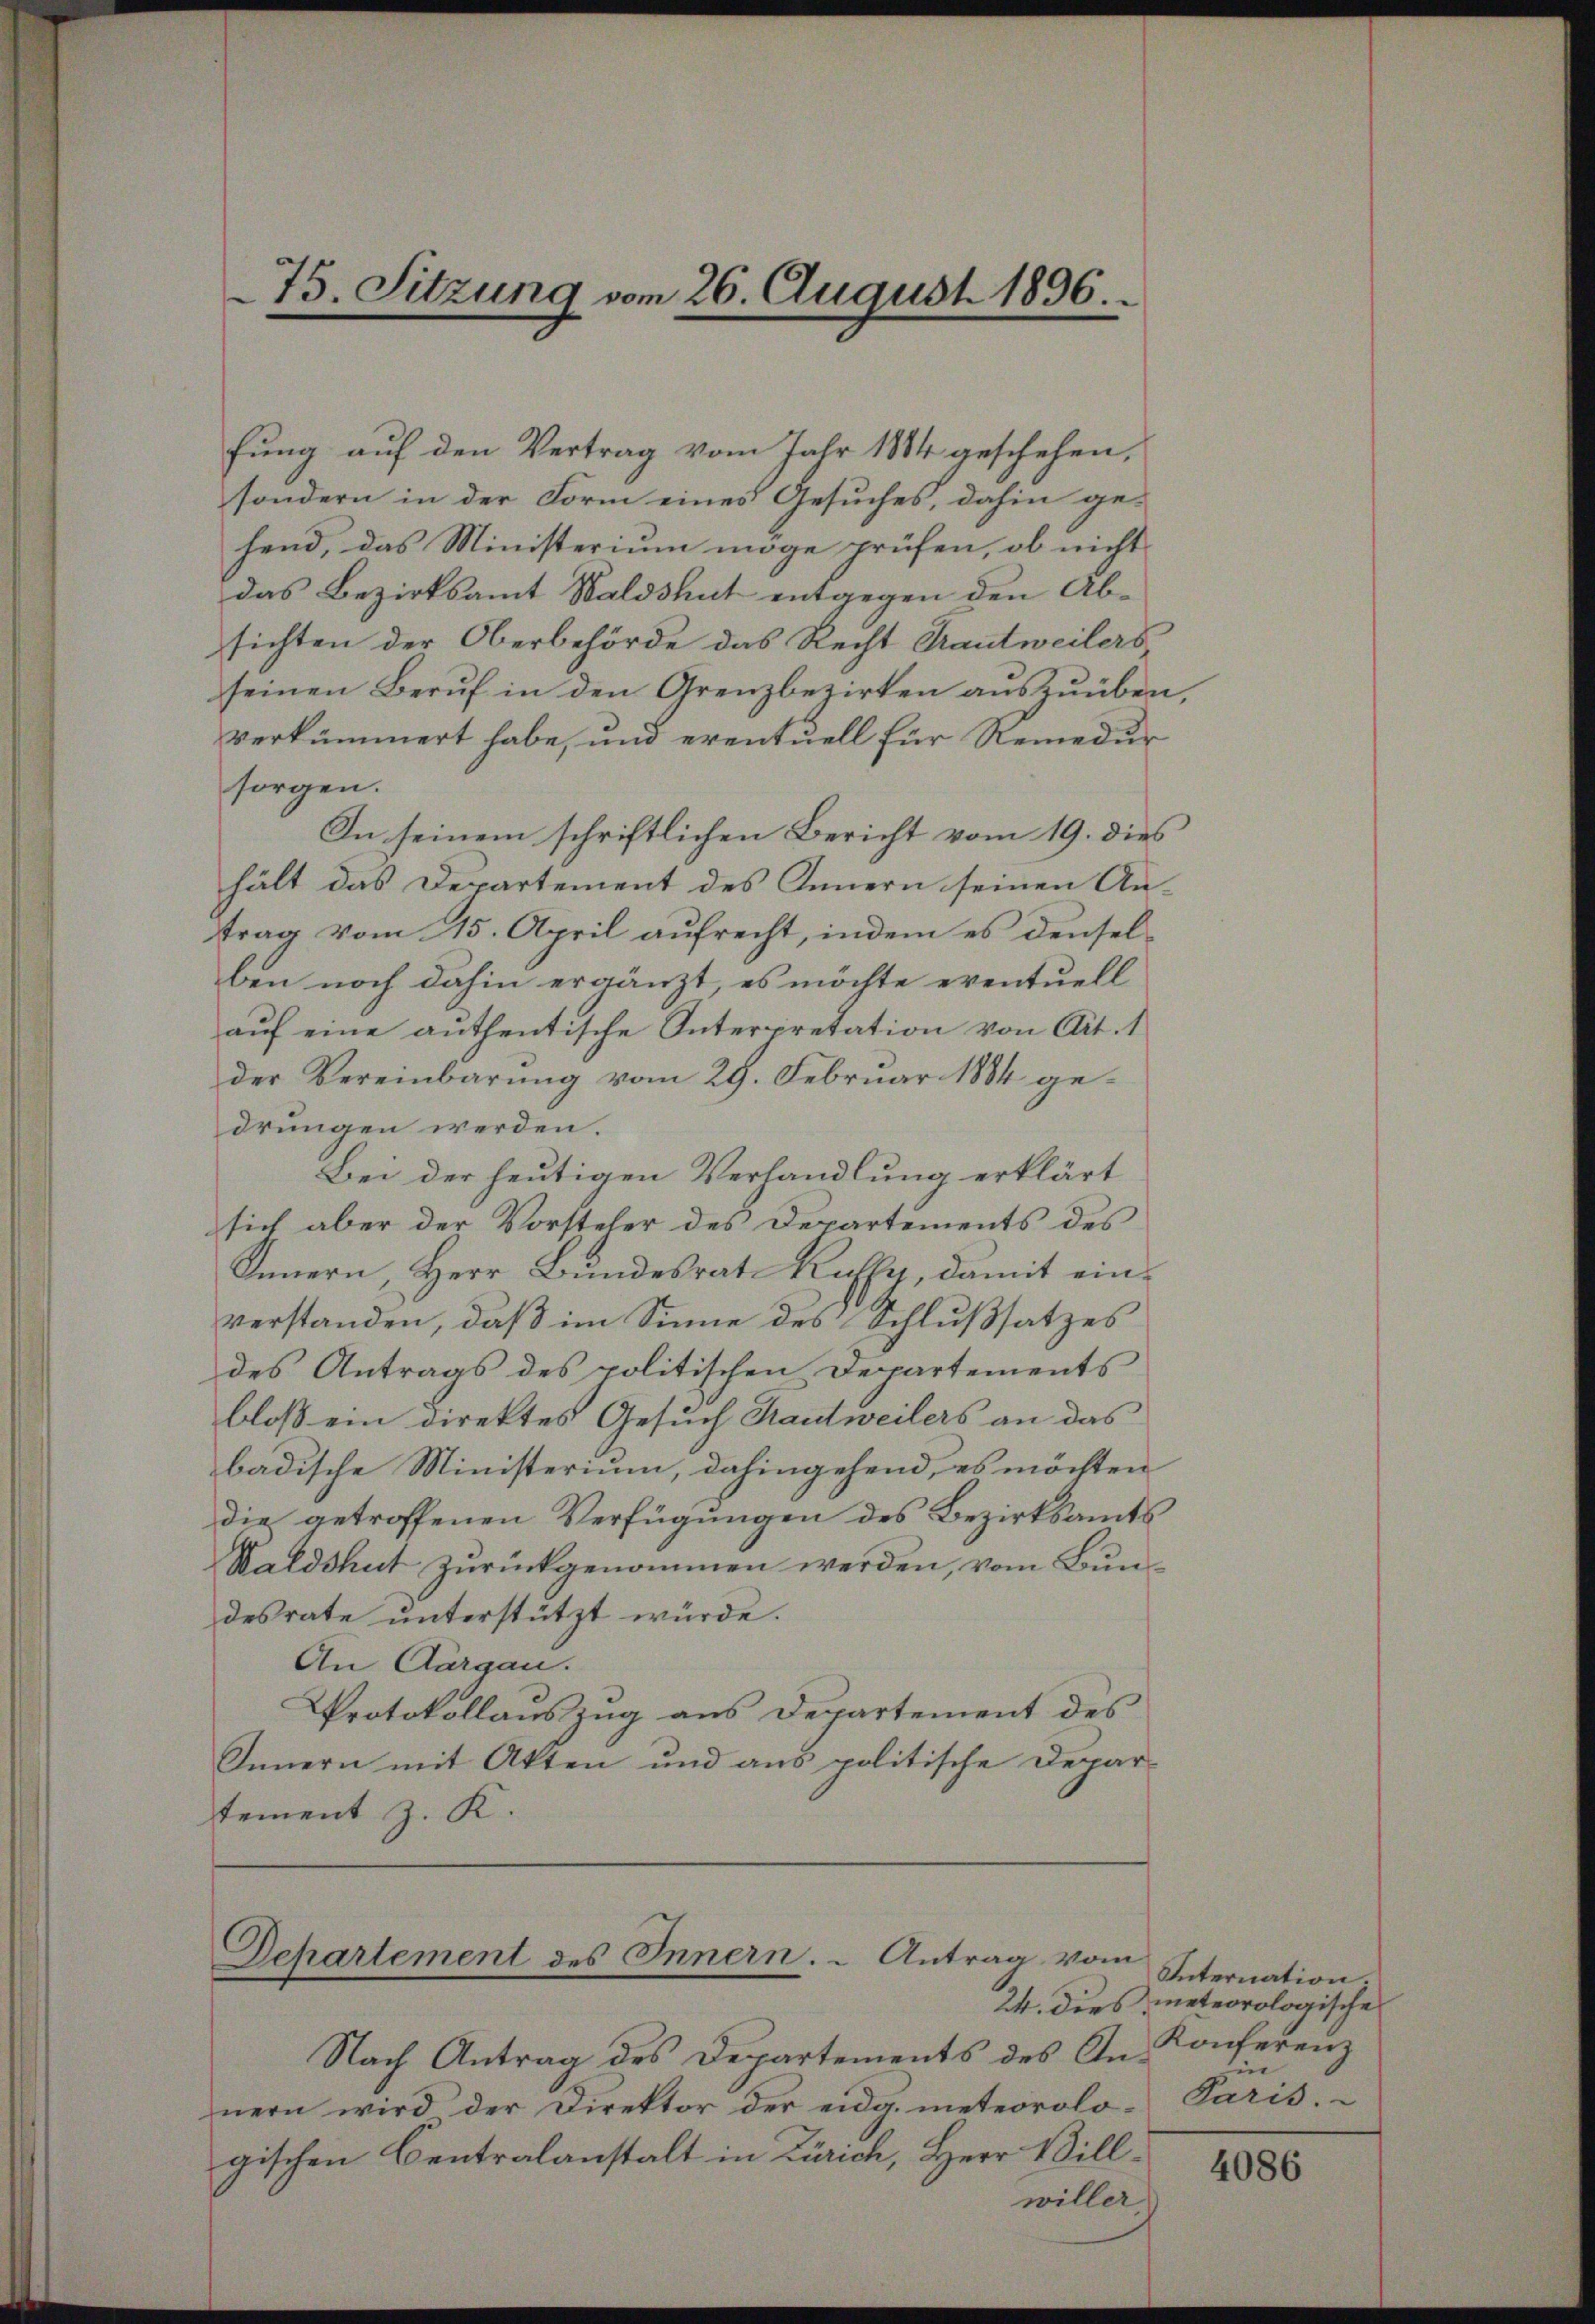
fung auf den Vertrag vom Jahr 1884 geschehen,
sondern in der Form eines Gesuches, dahin ge-
hend, das Ministerium möge prüfen, ob nicht
das Bezirksamt Waldshut entgegen den Absichten der Oberbehörde das Recht Grautweilers,
seinen Beruf in den Grenzbezirken auszuüben,
verkümmert habe, und eventuell für Remedur
sorgen.
In seinem schriftlichen Bericht vom 19. dies
hält das Departement des Innern seinen Antrag vom 15. April aufrecht, indem es denselben noch dahin ergänzt, es möchte eventuell
aŭf eine authentische Interpretation von Art. 1
der Vereinbarung vom 29. Februar 1884 gedrungen werden.
Bei der heutigen Verhandlung erklärt
sich aber der Vorsteher des Departements des
Innern, Herr Bundesrat Ruffy, damit einverstanden, daß im Sinne des Schlußsatzes
des Antrags des politischen Departements
bloß ein direktes Gesuch Hautweilers an das
badische Ministerium, dahingehend, es möchten
die getroffenen Verfügungen des Bezirksamts
Waldshut zŭrückgenommen werden, vom Bundesrate unterstützt würde.
An Aargau.
Protokollauszug aus Departement des
Innern mit Akten und aus politische Departement z. K.

75. Sitzung vom 26. August 1896.

Departement des Innern. Antrag vom

Nach Antrag des Departements des Annern wird der Direktor der eidg. meteorolo-Paris.
gischen Centralanstalt in Zürich, Herr Villwiller

Internation
24. dies meteorologische
Konferenz
in

4086